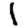
Digit: 1